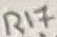
Text: R17